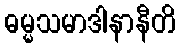
ဓမ္မသမာဒါနာနီတိ